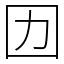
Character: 㘞